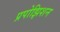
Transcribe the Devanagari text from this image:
प्रपोझिशन